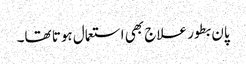
پان بطور علاج بھی استعمال ہوتا تھا۔